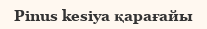
Pinus kesiya қарағайы